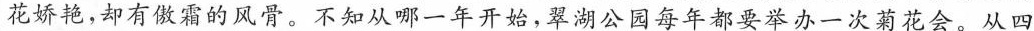
花娇艳，却有傲霜的风骨。不知从哪一年开始，翠湖公园每年都要举办一次菊花会。从四